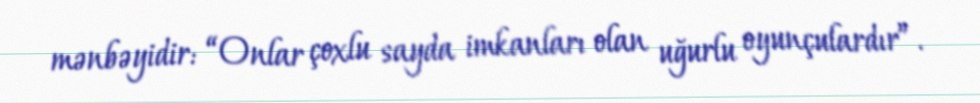
mənbəyidir: “Onlar çoxlu sayda imkanları olan uğurlu oyunçulardır”.